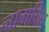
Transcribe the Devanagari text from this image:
नागवित